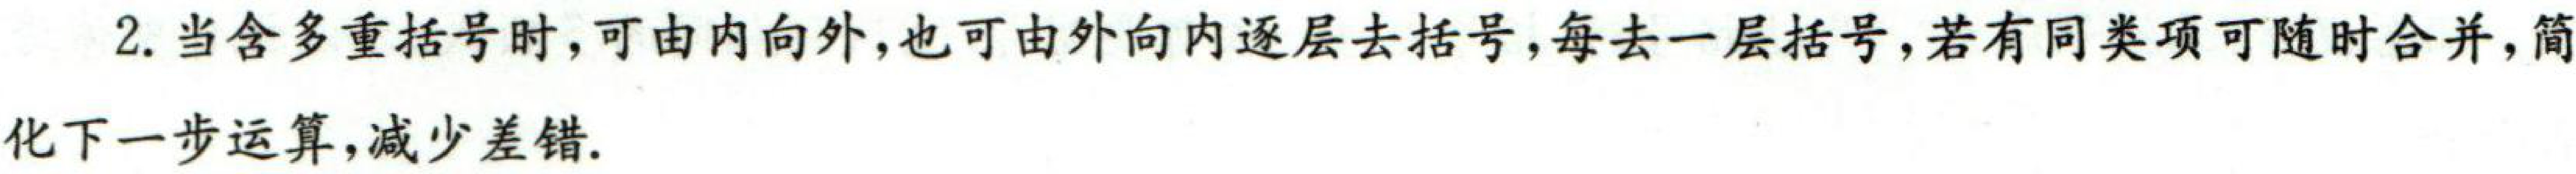
2. 当含多重括号时，可由内向外，也可由外向内逐层去括号，每去一层括号，若有同类项可随时合并，简化下一步运算，减少差错。